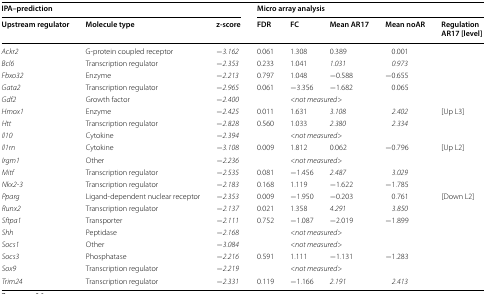
<table><thead><tr><td colspan="3"><b>IPA–prediction</b></td><td colspan="5"><b>Micro array analysis</b></td></tr><tr><td><b>Upstream regulator</b></td><td><b>Molecule type</b></td><td><b>z-score</b></td><td><b>FDR</b></td><td><b>FC</b></td><td><b>Mean AR17</b></td><td><b>Mean noAR</b></td><td><b>Regulation AR17 [level]</b></td></tr></thead><tbody><tr><td><i>Ackr2</i></td><td>G-protein coupled receptor</td><td><i>−3.162</i></td><td>0.061</td><td>1.308</td><td>0.389</td><td>0.001</td><td></td></tr><tr><td><i>Bcl6</i></td><td>Transcription regulator</td><td><i>−2.353</i></td><td>0.233</td><td>1.041</td><td><i>1.031</i></td><td><i>0.973</i></td><td></td></tr><tr><td><i>Fbxo32</i></td><td>Enzyme</td><td><i>−2.213</i></td><td>0.797</td><td>1.048</td><td>−0.588</td><td>−0.655</td><td></td></tr><tr><td><i>Gata2</i></td><td>Transcription regulator</td><td><i>−2.965</i></td><td>0.061</td><td>−3.356</td><td>−1.682</td><td>0.065</td><td></td></tr><tr><td><i>Gdf2</i></td><td>Growth factor</td><td><i>−2.400</i></td><td></td><td colspan="2"><i>&lt;not measured&gt;</i></td><td></td><td></td></tr><tr><td><i>Hmox1</i></td><td>Enzyme</td><td><i>−2.425</i></td><td>0.011</td><td>1.631</td><td><i>3.108</i></td><td><i>2.402</i></td><td>[Up L3]</td></tr><tr><td><i>Htt</i></td><td>Transcription regulator</td><td><i>−2.828</i></td><td>0.560</td><td>1.033</td><td><i>2.380</i></td><td><i>2.334</i></td><td></td></tr><tr><td><i>Il10</i></td><td>Cytokine</td><td><i>−2.394</i></td><td></td><td colspan="2"><i>&lt;not measured&gt;</i></td><td></td><td></td></tr><tr><td><i>Il1rn</i></td><td>Cytokine</td><td><i>−3.108</i></td><td>0.009</td><td>1.812</td><td>0.062</td><td>−0.796</td><td>[Up L2]</td></tr><tr><td><i>Irgm1</i></td><td>Other</td><td><i>−2.236</i></td><td></td><td colspan="2"><i>&lt;not measured&gt;</i></td><td></td><td></td></tr><tr><td><i>Mitf</i></td><td>Transcription regulator</td><td><i>−2.535</i></td><td>0.081</td><td>−1.456</td><td><i>2.487</i></td><td><i>3.029</i></td><td></td></tr><tr><td><i>Nkx2-3</i></td><td>Transcription regulator</td><td><i>−2.183</i></td><td>0.168</td><td>1.119</td><td>−1.622</td><td>−1.785</td><td></td></tr><tr><td><i>Pparg</i></td><td>Ligand-dependent nuclear receptor</td><td><i>−2.353</i></td><td>0.009</td><td>−1.950</td><td>−0.203</td><td>0.761</td><td>[Down L2]</td></tr><tr><td><i>Runx2</i></td><td>Transcription regulator</td><td><i>−2.137</i></td><td>0.021</td><td>1.358</td><td><i>4.291</i></td><td><i>3.850</i></td><td></td></tr><tr><td><i>Sftpa1</i></td><td>Transporter</td><td><i>−2.111</i></td><td>0.752</td><td>−1.087</td><td>−2.019</td><td>−1.899</td><td></td></tr><tr><td><i>Shh</i></td><td>Peptidase</td><td><i>−2.168</i></td><td></td><td colspan="2"><i>&lt;not measured&gt;</i></td><td></td><td></td></tr><tr><td><i>Socs1</i></td><td>Other</td><td><i>−3.084</i></td><td></td><td colspan="2"><i>&lt;not measured&gt;</i></td><td></td><td></td></tr><tr><td><i>Socs3</i></td><td>Phosphatase</td><td><i>−2.216</i></td><td>0.591</td><td>1.111</td><td>−1.131</td><td>−1.283</td><td></td></tr><tr><td><i>Sox9</i></td><td>Transcription regulator</td><td><i>−2.219</i></td><td></td><td colspan="2"><i>&lt;not measured&gt;</i></td><td></td><td></td></tr><tr><td><i>Trim24</i></td><td>Transcription regulator</td><td><i>−2.331</i></td><td>0.119</td><td>−1.166</td><td><i>2.191</i></td><td><i>2.413</i></td><td></td></tr></tbody></table>